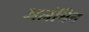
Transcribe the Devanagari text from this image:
अलंचिन